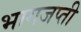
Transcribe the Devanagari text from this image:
भागजप्ती